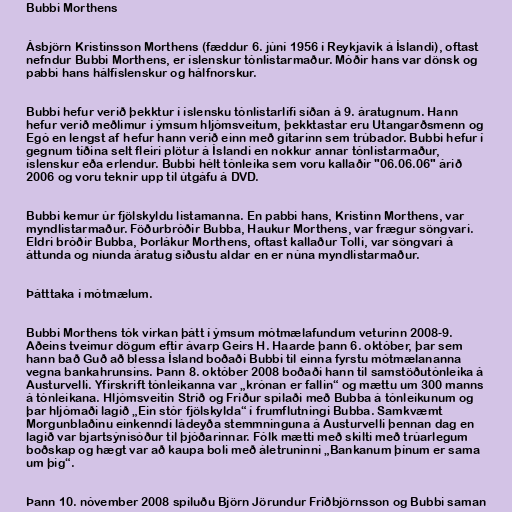
Bubbi Morthens

Ásbjörn Kristinsson Morthens (fæddur 6. júní 1956 í Reykjavík á Íslandi), oftast
nefndur Bubbi Morthens, er íslenskur tónlistarmaður. Móðir hans var dönsk og
pabbi hans hálfíslenskur og hálfnorskur.

Bubbi hefur verið þekktur í íslensku tónlistarlífi síðan á 9. áratugnum. Hann
hefur verið meðlimur í ýmsum hljómsveitum, þekktastar eru Utangarðsmenn og
Egó en lengst af hefur hann verið einn með gítarinn sem trúbador. Bubbi hefur í
gegnum tíðina selt fleiri plötur á Íslandi en nokkur annar tónlistarmaður,
íslenskur eða erlendur. Bubbi hélt tónleika sem voru kallaðir "06.06.06" árið
2006 og voru teknir upp til útgáfu á DVD.

Bubbi kemur úr fjölskyldu listamanna. En pabbi hans, Kristinn Morthens, var
myndlistarmaður. Föðurbróðir Bubba, Haukur Morthens, var frægur söngvari.
Eldri bróðir Bubba, Þorlákur Morthens, oftast kallaður Tolli, var söngvari á
áttunda og níunda áratug síðustu aldar en er núna myndlistarmaður.

Þátttaka í mótmælum.

Bubbi Morthens tók virkan þátt í ýmsum mótmælafundum veturinn 2008-9.
Aðeins tveimur dögum eftir ávarp Geirs H. Haarde þann 6. október, þar sem
hann bað Guð að blessa Ísland boðaði Bubbi til einna fyrstu mótmælananna
vegna bankahrunsins. Þann 8. október 2008 boðaði hann til samstöðutónleika á
Austurvelli. Yfirskrift tónleikanna var „krónan er fallin“ og mættu um 300 manns
á tónleikana. Hljómsveitin Stríð og Friður spilaði með Bubba á tónleikunum og
þar hljómaði lagið „Ein stór fjölskylda“ í frumflutningi Bubba. Samkvæmt
Morgunblaðinu einkenndi ládeyða stemmninguna á Austurvelli þennan dag en
lagið var bjartsýnisóður til þjóðarinnar. Fólk mætti með skilti með trúarlegum
boðskap og hægt var að kaupa boli með áletruninni „Bankanum þínum er sama
um þig“.

Þann 10. nóvember 2008 spiluðu Björn Jörundur Friðbjörnsson og Bubbi saman